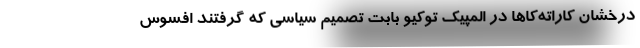
درخشان کاراته‌کاها در المپیک توکیو بابت تصمیم سیاسی که گرفتند افسوس